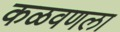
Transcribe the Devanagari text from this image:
कळवणला